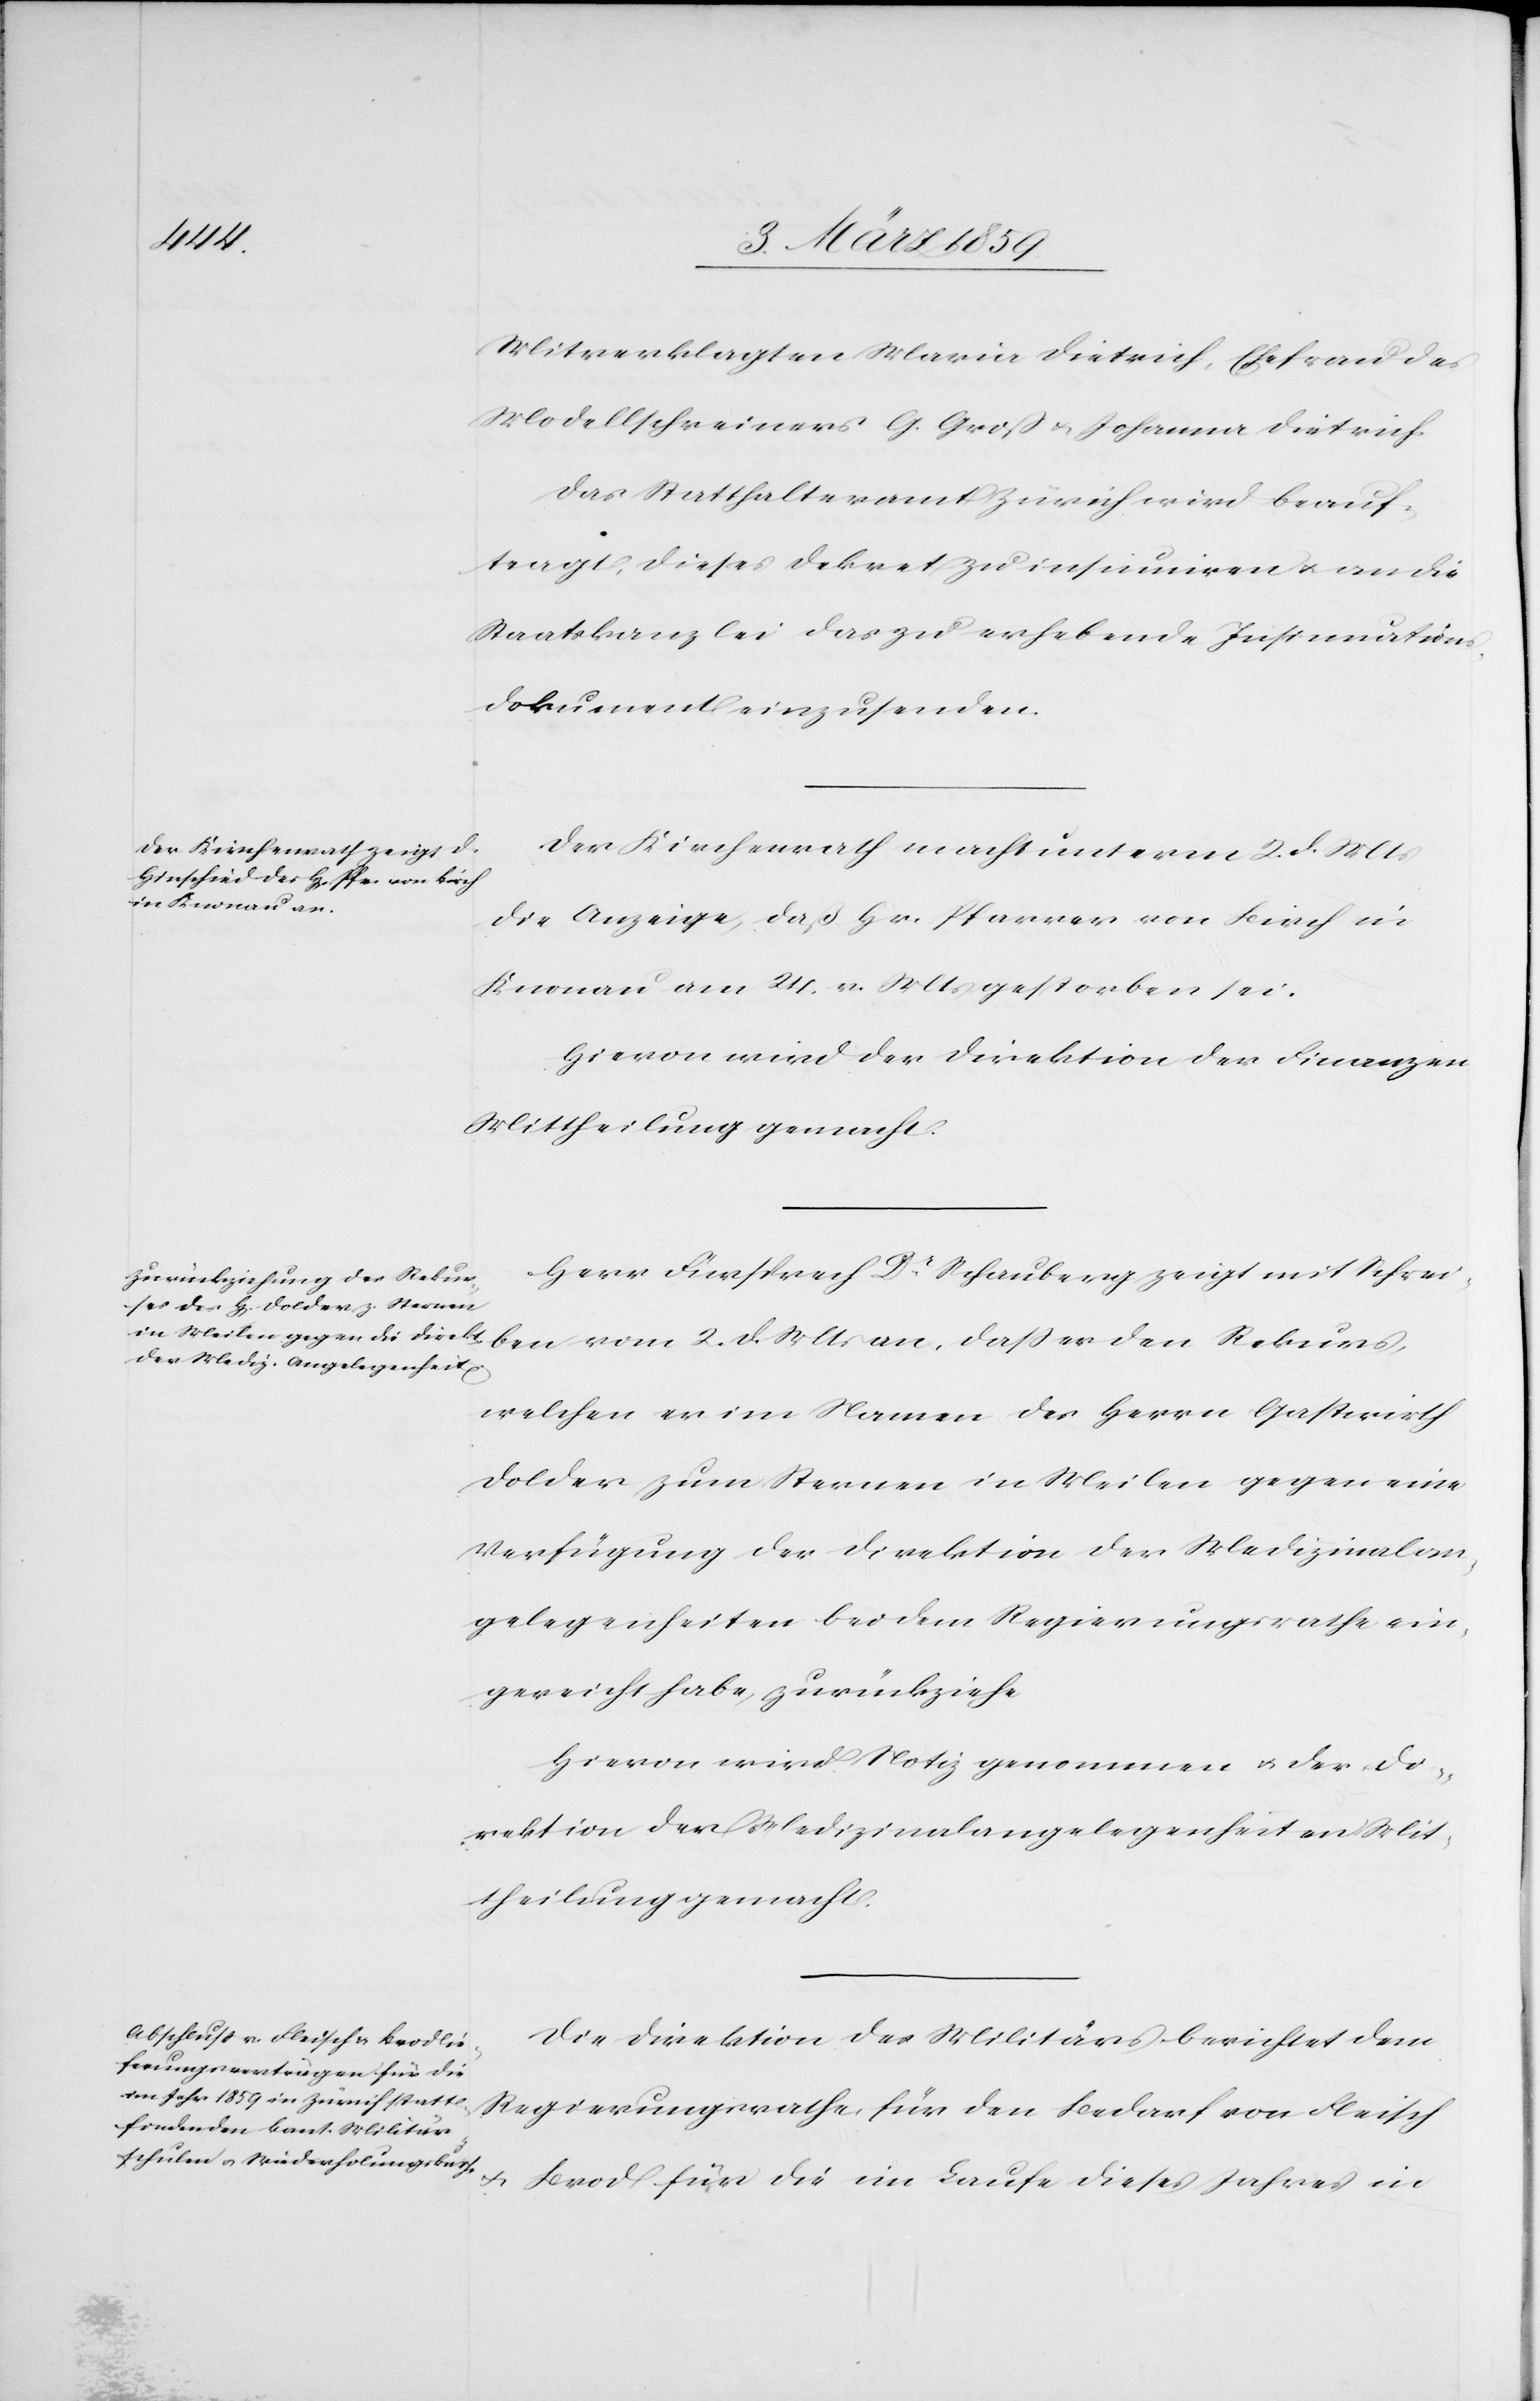
Mts
Mitverklagten Maria Dietrich, Ehefrau des
Modellschreiners G. Groß & Johanna Dietrich.
Das Statthalteramt Zürich wird beauf¬
tragt, dieses Dekret zu insinuiren u. an die
Staatskanzlei das zu erhebende Insinuations¬
dokument einzusenden.
Der Kirchenrath macht unterm 2. d. Mts
die Anzeige, daß Hr. Pfarrer von Birch in
Knonau am 24. v. Mts gestorben sei.
Hievon wird der Direktion der Finanzen
Mittheilung gemacht.
Herr Fürsprech Dr. Schauberg zeigt mit Schrei¬
welchen er im Namen des Herrn Gastwirth
Dolder zum Sternen in Meilen gegen eine
Verfügung der Direktion der Medizinalan¬
gelegenheiten bei dem Regierungsrathe ein¬
gereicht habe, zurückziehe.
Hievon wird Notiz genommen u. der Di¬
rektion der Medizinalangelegenheiten Mit¬
theilung gemacht.
Die Direktion des Militärs berichtet dem
Regierungsrathe, für den Bedarf von Fleisch
u.
Brod für die im Laufe dieses Jahres in